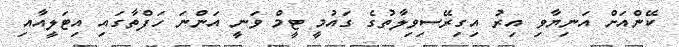
ކޭންއަށް އަނިޔާވި އިރު އިގިރޭސިވިލާތުގެ ގައުމީ ޓީމް ވަނީ އަންނަ ހަފްތާގައި އިޓަލީއާއި